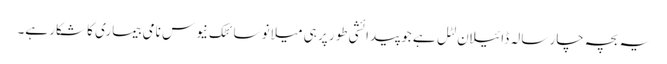
یہ بچہ چار سالہ ڈائیلان لٹل ہے جو پیدائشی طور پر ہی میلانو سائٹک نیوس نامی بیماری کا شکار ہے۔